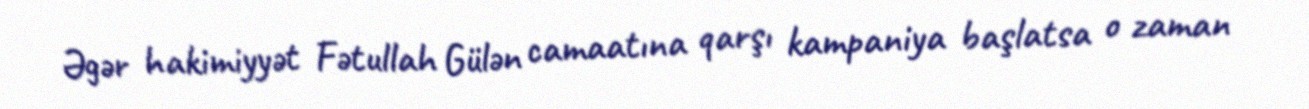
Əgər hakimiyyət Fətullah Gülən camaatına qarşı kampaniya başlatsa o zaman